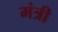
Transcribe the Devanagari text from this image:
मंत्री